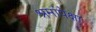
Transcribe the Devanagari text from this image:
श्रमांपेक्षा